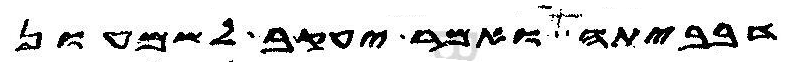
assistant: דבביתה ואמר יעקב לשמעון